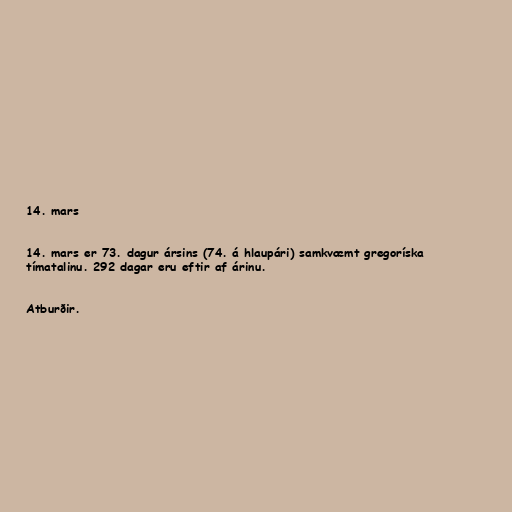
14. mars

14. mars er 73. dagur ársins (74. á hlaupári) samkvæmt gregoríska
tímatalinu. 292 dagar eru eftir af árinu.

Atburðir.